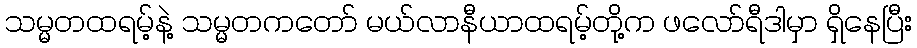
သမ္မတထရမ့်နဲ့ သမ္မတကတော် မယ်လာနီယာထရမ့်တို့က ဖလော်ရီဒါမှာ ရှိနေပြီး